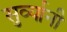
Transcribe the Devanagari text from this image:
सुर्व्यानी